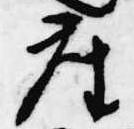
座